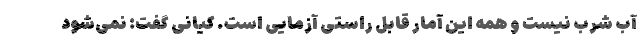
آب شرب نیست و همه‌ این آمار قابل راستی آزمایی است. کیانی گفت: نمی‌شود